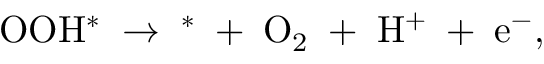
\mathrm { O O H ^ { * } \; \rightarrow \; ^ { * } \; + \; O _ { 2 } \; + \; H ^ { + } \; + \; e ^ { - } } ,